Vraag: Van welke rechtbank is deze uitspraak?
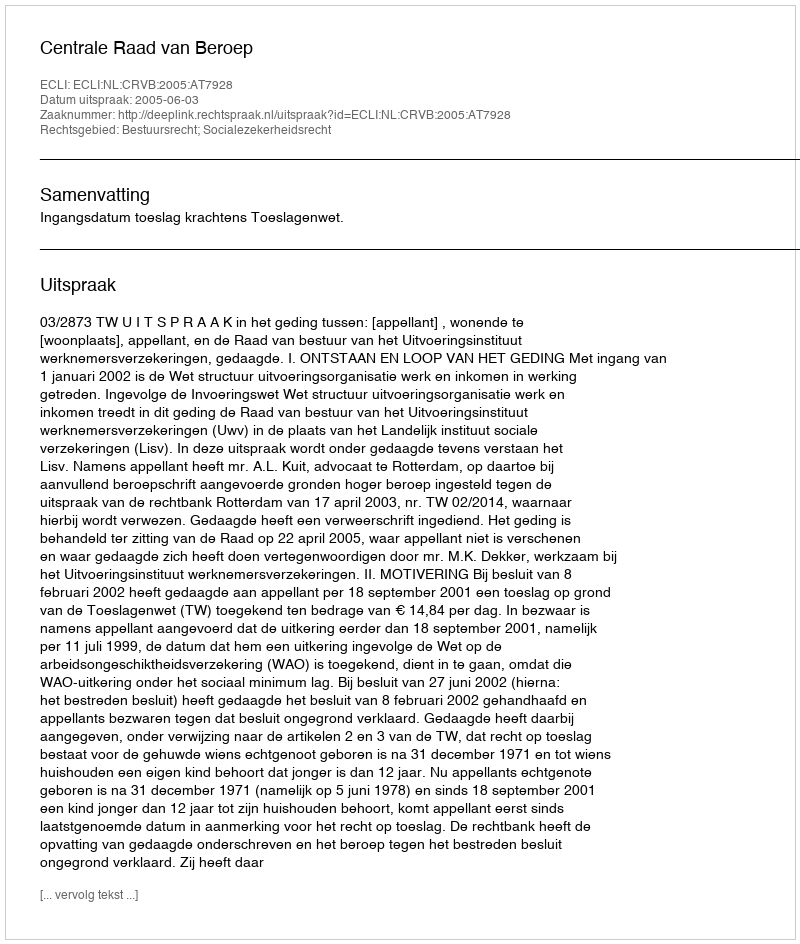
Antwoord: Centrale Raad van Beroep